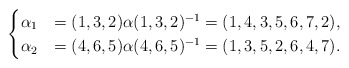
\begin{align*}\begin{cases}\alpha_{1}&=(1,3,2) \alpha (1,3,2)^{-1}=(1,4,3,5,6,7,2), \quad\\\alpha_{2}&=(4,6,5) \alpha (4,6,5)^{-1} =(1,3,5,2,6,4,7).\end{cases}\end{align*}